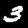
Digit: 3